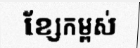
ខ្សែកម្ពស់